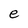
Character: e